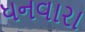
ધનવારા